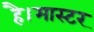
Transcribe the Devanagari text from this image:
है।मास्‍टर